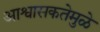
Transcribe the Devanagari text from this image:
आश्वासकतेमुळे